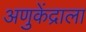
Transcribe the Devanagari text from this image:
अणुकेंद्राला